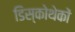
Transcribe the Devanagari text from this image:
डिस्कोथेकों